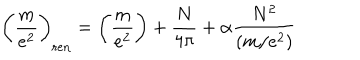
\left( \frac { m } { e ^ { 2 } } \right) _ { \mathrm { r e n } } = \left( \frac { m } { e ^ { 2 } } \right) + \frac { N } { 4 \pi } + \alpha { \frac { N ^ { 2 } } { ( m / e ^ { 2 } ) } }